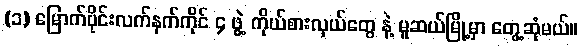
(၁) မြောက်ပိုင်းလက်နက်ကိုင် ၄ ဖွဲ့ ကိုယ်စားလှယ်တွေ နဲ့ မူဆယ်မြို့မှာ တွေ့ဆုံမယ်။